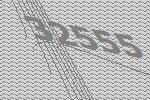
32555